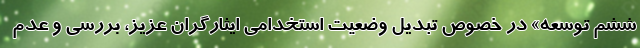
ششم توسعه» در خصوص تبدیل وضعیت استخدامی ایثارگران عزیز، بررسی و عدم